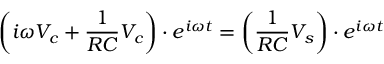
\left( i \omega V _ { c } + { \frac { 1 } { R C } } V _ { c } \right) \cdot e ^ { i \omega t } = \left( { \frac { 1 } { R C } } V _ { s } \right) \cdot e ^ { i \omega t }